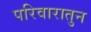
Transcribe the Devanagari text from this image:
परिवारातुन